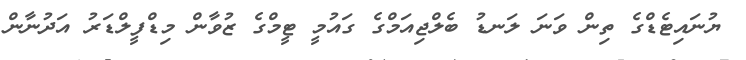
ޔުނައިޓެޑްގެ ތިން ވަނަ ލަނޑު ބެލްޖިއަމްގެ ގައުމީ ޓީމްގެ ޒުވާން މިޑްފީލްޑަރު އަދުނާން